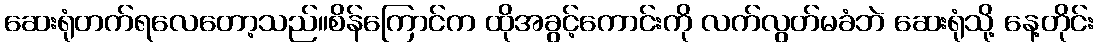
ဆေးရုံတက်ရလေတော့သည်။စိန်ကြောင်က ထိုအခွင့်ကောင်းကို လက်လွတ်မခံဘဲ ဆေးရုံသို့ နေ့တိုင်း